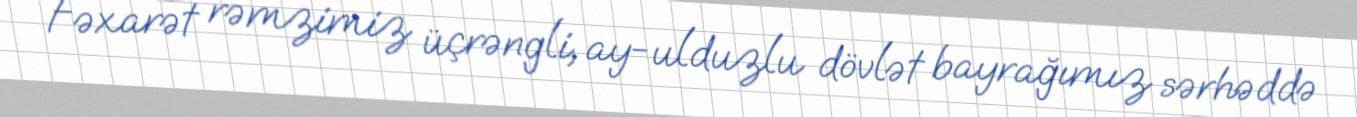
Fəxarət rəmzimiz üçrəngli, ay-ulduzlu dövlət bayrağımız sərhəddə